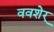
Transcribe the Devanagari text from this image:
ववशेर्